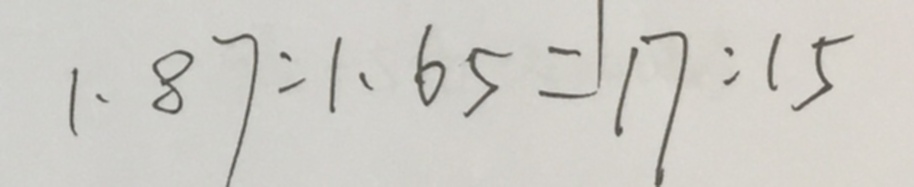
1 . 8 7 : 1 . 6 5 = 1 7 : 1 5